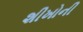
શીખોની